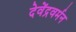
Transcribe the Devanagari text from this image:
देवेंद्रवर्मन